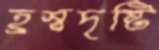
হ্রস্বদৃষ্টি